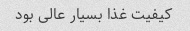
کیفیت غذا بسیار عالی بود